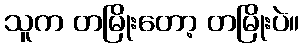
သူက တမြိုးတော့ တမြိုးပဲ။